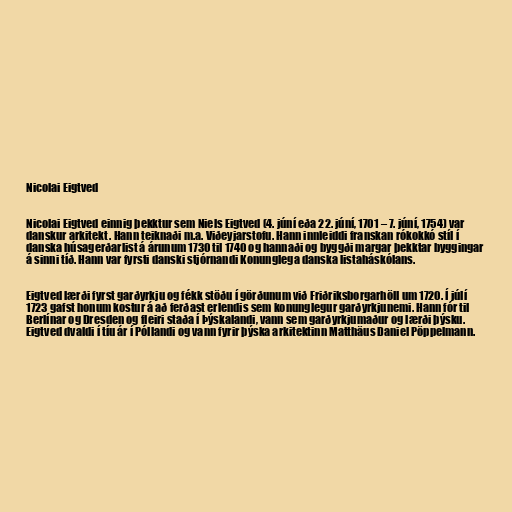
Nicolai Eigtved

Nicolai Eigtved einnig þekktur sem Niels Eigtved (4. júní eða 22. júní, 1701 – 7. júní, 1754) var
danskur arkitekt . Hann teiknaði m.a. Viðeyjarstofu. Hann innleiddi franskan rókokkó stíl í
danska húsagerðarlist á árunum 1730 til 1740 og hannaði og byggði margar þekktar byggingar
á sinni tíð. Hann var fyrsti danski stjórnandi Konunglega danska listaháskólans.

Eigtved lærði fyrst garðyrkju og fékk stöðu í görðunum við Friðriksborgarhöll um 1720. Í júlí
1723 gafst honum kostur á að ferðast erlendis sem konunglegur garðyrkjunemi. Hann fór til
Berlínar og Dresden og fleiri staða í Þýskalandi, vann sem garðyrkjumaður og lærði þýsku.
Eigtved dvaldi í tíu ár í Póllandi og vann fyrir þýska arkitektinn Matthäus Daniel Pöppelmann.